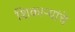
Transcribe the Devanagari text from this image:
शिकाऱ्यांचे